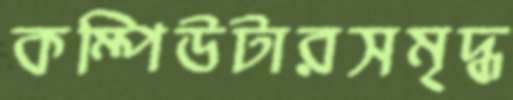
কম্পিউটারসমৃদ্ধ